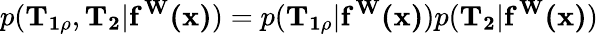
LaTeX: p(\mathbf{T_{1\rho}},\mathbf{T_{2}}|\mathbf{f^{W}(x)})=p(\mathbf{T_{1\rho}}|\mathbf{f^{W}(x)})p(\mathbf{T_{2}}|\mathbf{f^{W}(x)})